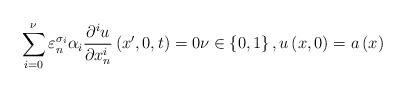
LaTeX: \begin{align*}\sum\limits_{i=0}^{\nu }\varepsilon _{n}^{\sigma _{i}}\alpha _{i}\frac{\partial ^{i}u}{\partial x_{n}^{i}}\left( x^{\prime },0,t\right) =0\nu \in \left\{ 0,1\right\} ,u\left( x,0\right) =a\left( x\right) \end{align*}